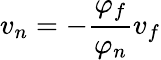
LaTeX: v_{n}=-\frac{\varphi_{f}}{\varphi_{n}}v_{f}